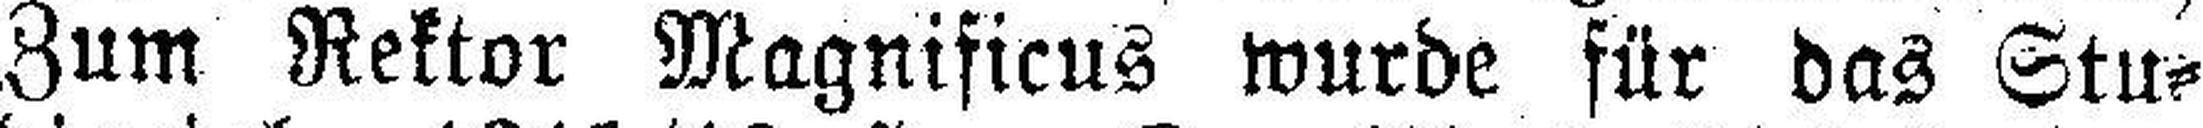
Zum Rektor Magnificus wurde für das Stu¬